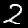
Label: 2